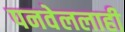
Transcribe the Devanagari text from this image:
पनवेललाही